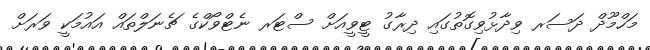
މަހްމޫދް ދަސަރ ވިދާޅުވިގޮތުގައި ދިރާގު ޓީވީއަށް ސްޓަރ ނެޓްވޯކްގެ ޗެނަލްތައް އައުމަކީ ވަރަށް